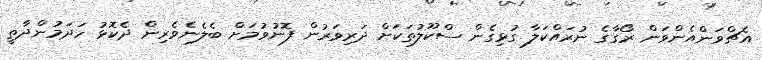
އެޗްވަންއެންވަން ރޯގާގެ ނުރައްކަލާ ގުޅިގެން ސްކޫލުތަކަށް ދަރިވަރުން ފޮނުވުމަށް ބެލެނެވެރިން ދެކޮޅު ހަދަމުންދާތީ